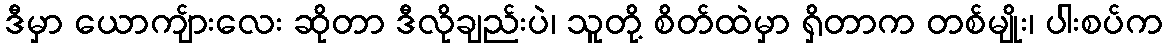
ဒီမှာ ယောကျ်ားလေး ဆိုတာ ဒီလိုချည်းပဲ၊ သူတို့ စိတ်ထဲမှာ ရှိတာက တစ်မျိုး၊ ပါးစပ်က